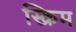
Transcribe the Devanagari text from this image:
स्क्रिम